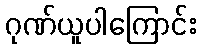
ဂုဏ်ယူပါကြောင်း